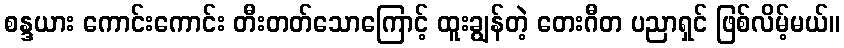
စန္ဒယား ကောင်းကောင်း တီးတတ်သောကြောင့် ထူးချွန်တဲ့ တေးဂီတ ပညာရှင် ဖြစ်လိမ့်မယ်။